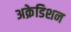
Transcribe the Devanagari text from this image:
अक्रेडिशन